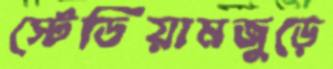
স্টেডিয়ামজুড়ে